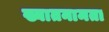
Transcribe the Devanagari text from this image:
ख्यातनामता